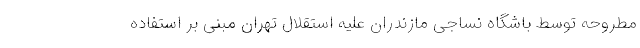
مطروحه توسط باشگاه نساجی مازندران علیه استقلال تهران مبنی بر استفاده